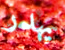
يهدر